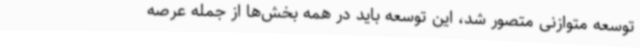
توسعه متوازنی متصور شد، این توسعه باید در همه بخش‌ها از جمله عرصه